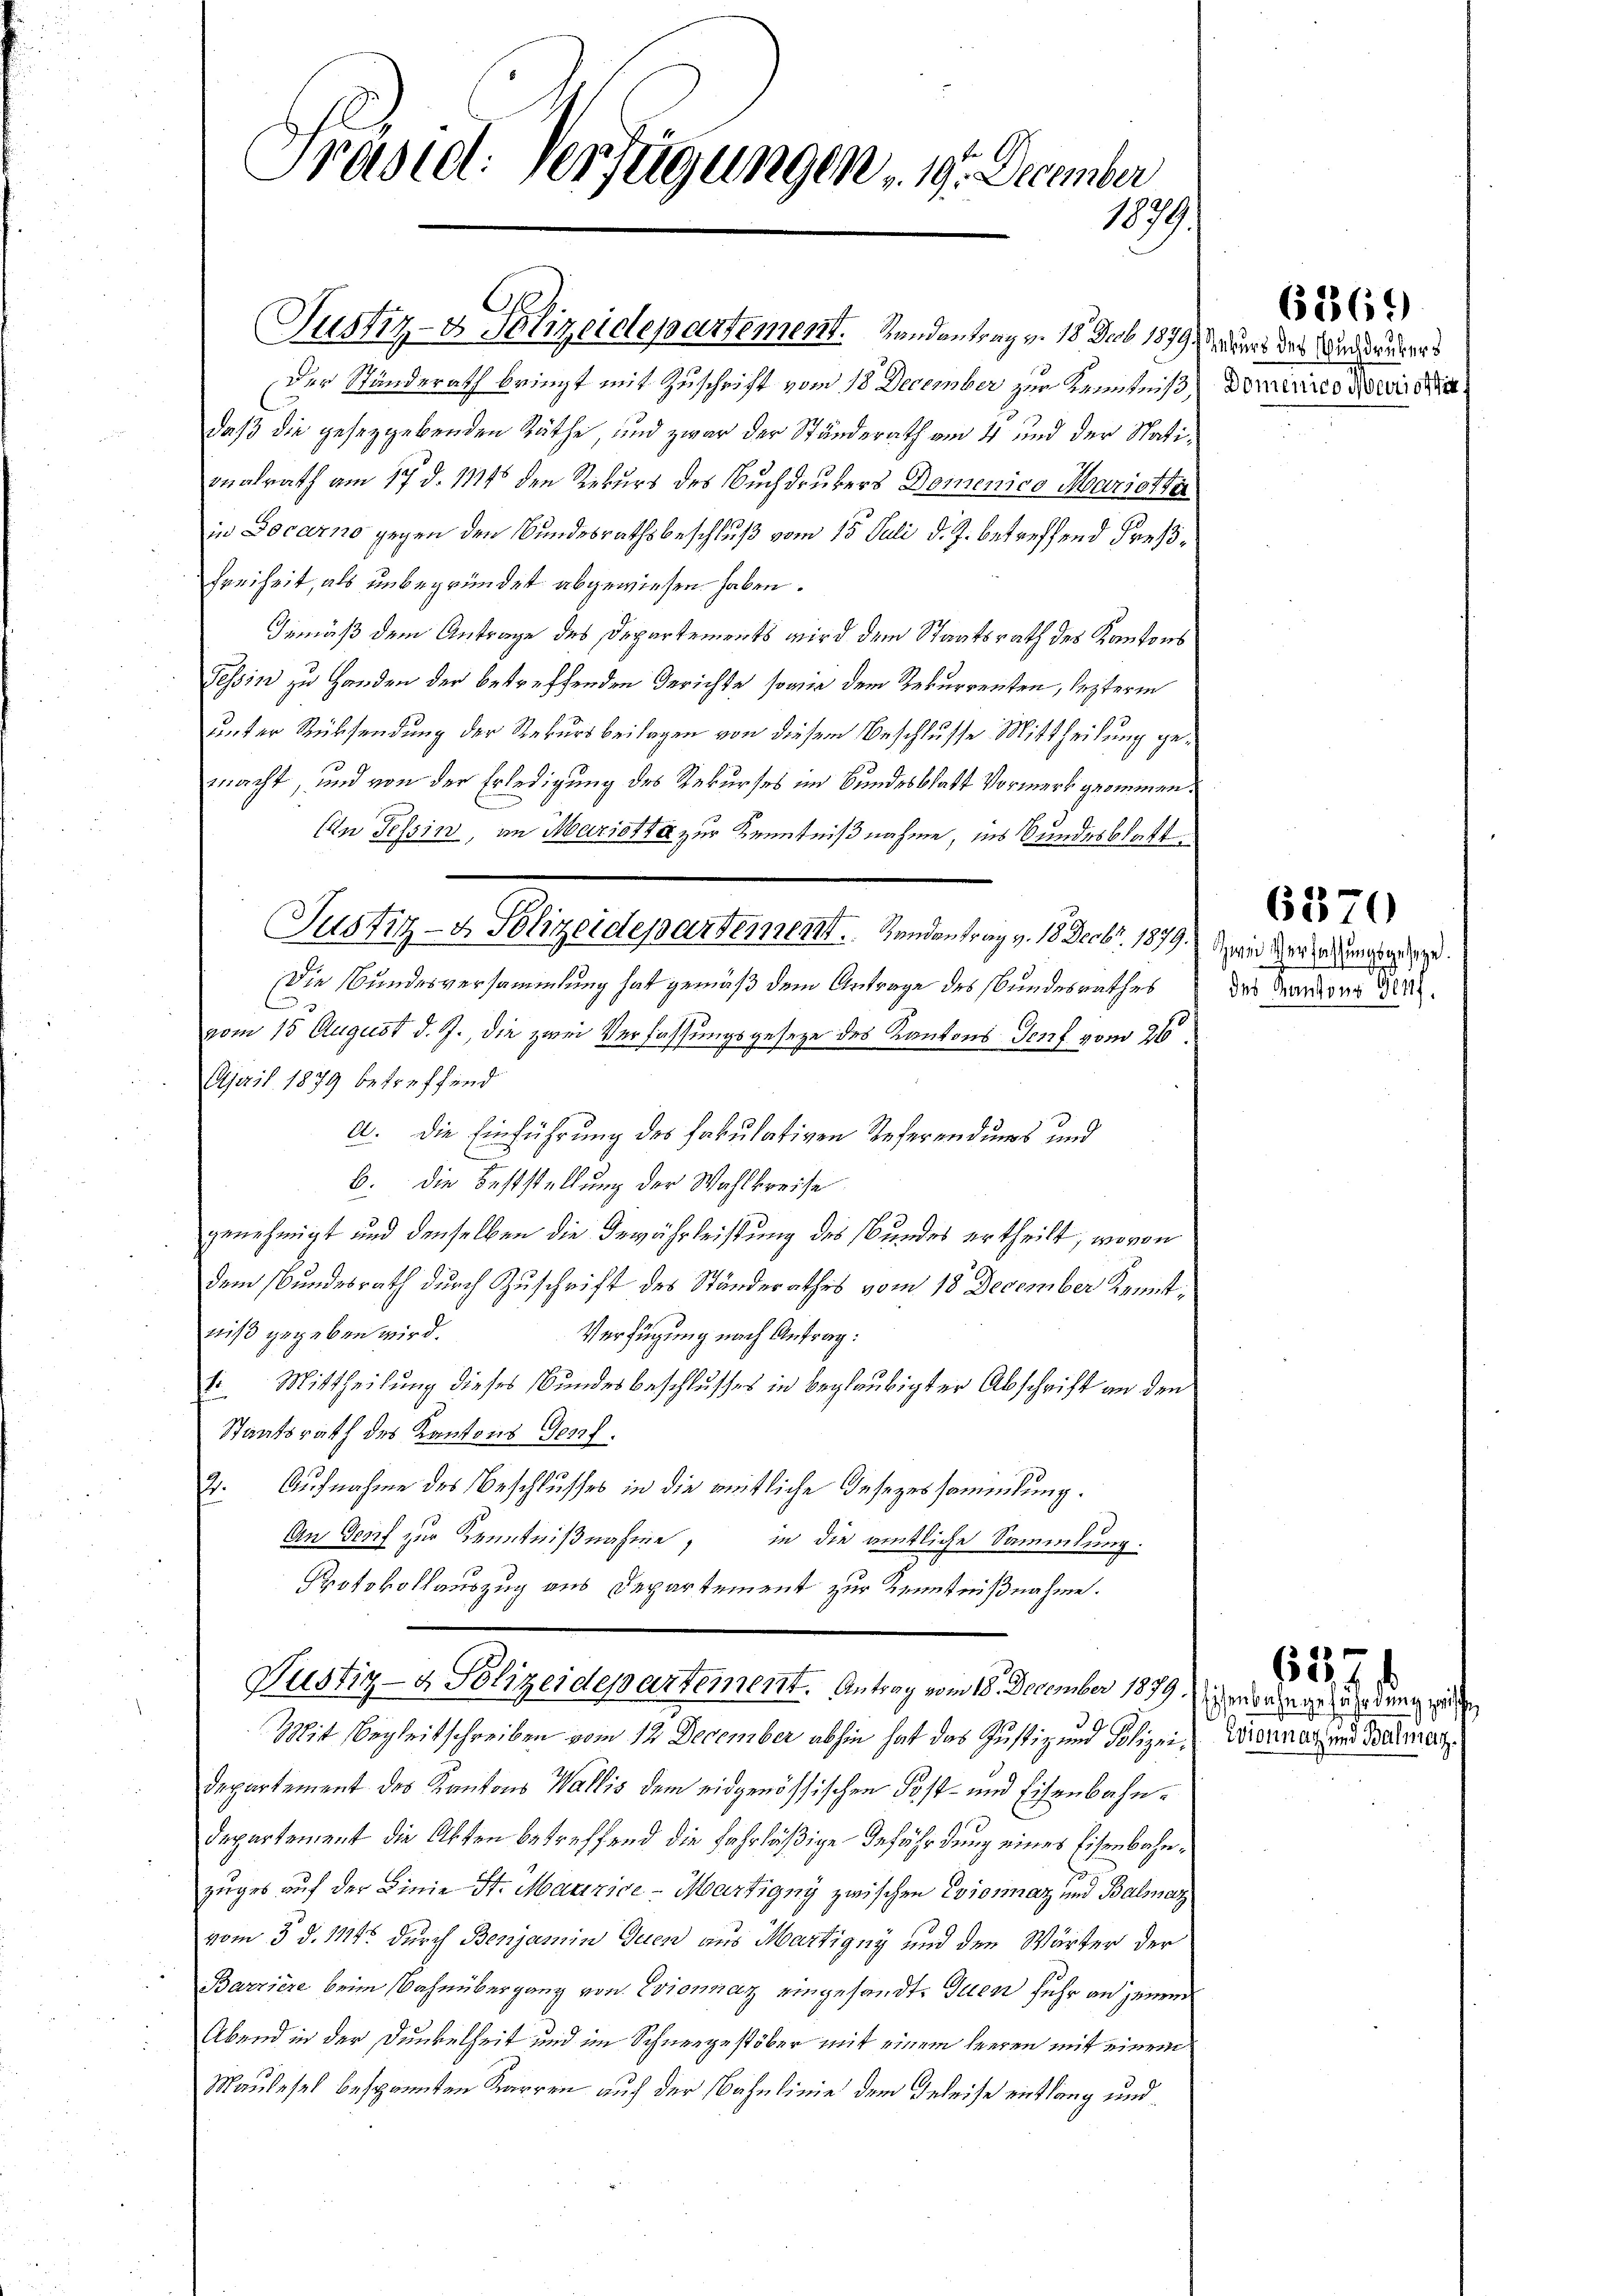
Präsid. Verfügungen 1. December
1879.

Justiz- & Polizeidepartement. Randantrag v. 18 Feb 1899 der des Vormunders
Der Ständerath bringt mit Zuschrift vom 18 December zur Kenntniß, Dominie Neidha
daß die gesetzgebenden Räthe, und zwar der Ständerath am 4 und der Nationalrath am 17. d. Mts. den Rekurs des Buchdrukers Domenico Marietter
in Locarno gegen den Bundesrathsbeschluß vom 15. Juli d. J. betreffend Freys¬
Freiheit, als unbegründet abgewiesen haben.
Gemäß dem Antrage des Departements wird dem Staatsrath des Kantons
Tessin zu Handen der betreffenden Gerichte, sowie dem Rekurrenten, lezterm
unter Rücksendung der Rekurs beilagen von diesem Beschlusse Mittheilung gemacht, und von der Erledigung des Rekurses im Bundesblatt Vormerk geommnen.
Ein Tessin, im Mariotta zur Kenntnißnahme, ins Bundesblatt
Justiz- & Polizeidepartement. Handantrag v. 18. Decbr. 1879. wird der die Zungen.
Die Bundesversammlung hat gemäß dem Antrage des Bundesrathes
vom 15 August d. J., die zwei Verfassungsgesetze des Kantons Genf vom 26.
April 1879 betreffend
A. Die Einführung des fakulativen Referendums und
b. die Feststellung der Wahlkreise
genehmigt und denselben die Gewährleistung des Bundes ertheilt, wovon
dem Bundesrath durch Zuschrift des Ständerathes vom 18 December Kenntniß gegeben wird.
Verfügung nach Antrag:
1. Mittheilung dieses Bundesbeschlusses in beglaubigter Abschrift an den
Staatsrath des Kantons Genf.
2. Aufnahme des Beschlusses in die weitliche Insezessammlung.
An Genf zur Kenntnißnahme, in die amtliche Sammlung.
Protokollauszug aus Departement zur Kenntnißnahme.
Justiz- & Polizeidepartement. Antrag vom 18. December 1879, er angezündung werden
Mit Begleitschreiben vom 12 December abhin hat das Justiz und Polizei, Kronat in Balman
Departement des Kantons Wallis dem eidgenössischen Post- und Eisenbahn¬
Departement die Akten betreffend die Fahrläßige Befährdung eines Eisenbahnzuges auf der Linie St. Maurice - Martigny zwischen Corosinaz und Balmaz
vom 3. d. 111. durch Benjamin Quen aus Martigny und den Wärter der
Barriere beim Bahnübergang von Evionnaz eingesandt. Inen sehr an jenem
Abend in der Dunkelheit und im Schneegestöber mit einem leeren mit einem
Maulesel bespannten Karren auf der Bahnlinie dem Geleise entlang und

6269)

des Kantons Genf.

6370

627